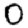
Digit: 0